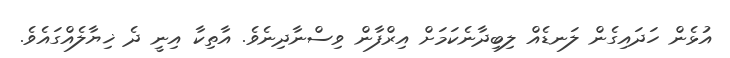
އުޅެން ހަދައިގެން ލަނޑެއް ލިބިދާނެކަމަށް އިރްފާން ވިސްނާދިނެވެ. އާތިކާ އިނީ ދެ ޚިޔާލެއްގައެވެ.